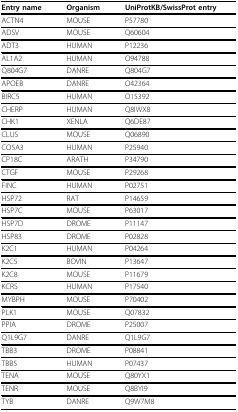
| Entry name | Organism | UniProtKB/SwissProt entry |
 | --- | --- | --- |
 | ACTN4 | MOUSE | P57780 |
 | ADSV | MOUSE | Q60604 |
 | ADT3 | HUMAN | P12236 |
 | AL1A2 | HUMAN | O94788 |
 | Q804G7 | DANRE | Q804G7 |
 | APOEB | DANRE | O42364 |
 | BIRC5 | HUMAN | O15392 |
 | CHERP | HUMAN | Q8IWX8 |
 | CHK1 | XENLA | Q6DE87 |
 | CLUS | MOUSE | Q06890 |
 | CO5A3 | HUMAN | P25940 |
 | CP18C | ARATH | P34790 |
 | CTGF | MOUSE | P29268 |
 | FINC | HUMAN | P02751 |
 | HSP72 | RAT | P14659 |
 | HSP7C | MOUSE | P63017 |
 | HSP7D | DROME | P11147 |
 | HSP83 | DROME | P02828 |
 | K2C1 | HUMAN | P04264 |
 | K2C5 | BOVIN | P13647 |
 | K2C8 | MOUSE | P11679 |
 | KCRS | HUMAN | P17540 |
 | MYBPH | MOUSE | P70402 |
 | PLK1 | MOUSE | Q07832 |
 | PPIA | DROME | P25007 |
 | Q1L9G7 | DANRE | Q1L9G7 |
 | TBB3 | DROME | P08841 |
 | TBB5 | HUMAN | P07437 |
 | TENA | MOUSE | Q80YX1 |
 | TENR | MOUSE | Q8BYI9 |
 | TYB | DANRE | Q9W7M8 |